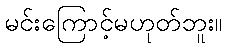
မင်းကြောင့်မဟုတ်ဘူး။